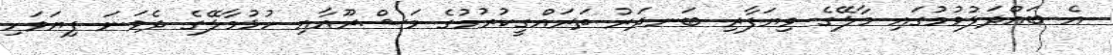
އެ ބައްދަލުވުމުގައި މާލޭގެ ވިޔަފާރި ބަނދަރު ތަރައްގީކުރުމުގެ މަޝްރޫއާއި ހުޅުމާލޭގެ ދެވަނަ ފިޔަވަހި